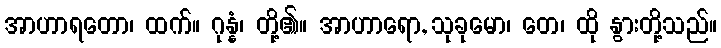
အာဟာရတော၊ ထက်။ ဂုန္နံ၊ တို့၏။ အာဟာရော, သုခုမော၊ တေ၊ ထို နွားတို့သည်။